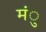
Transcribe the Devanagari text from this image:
मंु